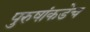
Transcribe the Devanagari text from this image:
पुरुषांकडेच